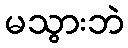
မသွားဘဲ